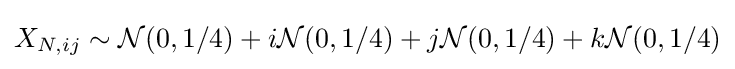
X_{N,ij}\sim {\mathcal {N}}(0,1/4)+i{\mathcal {N}}(0,1/4)+j{\mathcal {N}}(0,1/4)+k{\mathcal {N}}(0,1/4)